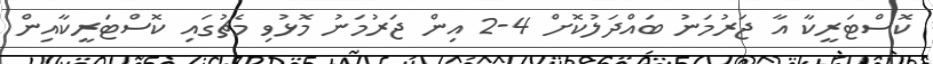
ކޮސްޓަރީކާ އާ ޖަރުމަނު ބައްދަލުކޮށް 4-2 އިން ޖަރުމަނު މޮޅުވި މެޗުގައި ކޮސްޓަރީކާއިން